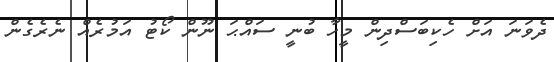
ދެވަނަ އަށް ހެކިބަސްދިން މީހާ ބުނީ ސައްޙަ ނޫން ކޯޓު އަމުރެއް ނެރެގެން